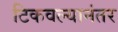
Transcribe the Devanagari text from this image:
टिकवल्यानंतर